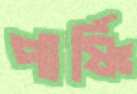
পার্ষ্ণি